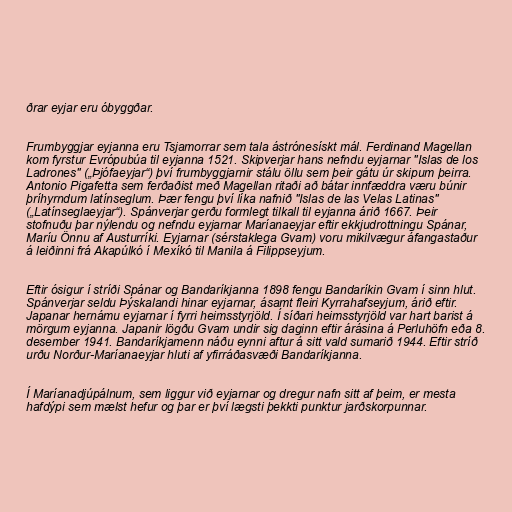
ðrar eyjar eru óbyggðar.

Frumbyggjar eyjanna eru Tsjamorrar sem tala ástrónesískt mál. Ferdinand Magellan
kom fyrstur Evrópubúa til eyjanna 1521. Skipverjar hans nefndu eyjarnar "Islas de los
Ladrones" („Þjófaeyjar“) því frumbyggjarnir stálu öllu sem þeir gátu úr skipum þeirra.
Antonio Pigafetta sem ferðaðist með Magellan ritaði að bátar innfæddra væru búnir
þríhyrndum latínseglum. Þær fengu því líka nafnið "Islas de las Velas Latinas"
(„Latínseglaeyjar“). Spánverjar gerðu formlegt tilkall til eyjanna árið 1667. Þeir
stofnuðu þar nýlendu og nefndu eyjarnar Maríanaeyjar eftir ekkjudrottningu Spánar,
Maríu Önnu af Austurríki. Eyjarnar (sérstaklega Gvam) voru mikilvægur áfangastaður
á leiðinni frá Akapúlkó í Mexíkó til Manila á Filippseyjum.

Eftir ósigur í stríði Spánar og Bandaríkjanna 1898 fengu Bandaríkin Gvam í sinn hlut.
Spánverjar seldu Þýskalandi hinar eyjarnar, ásamt fleiri Kyrrahafseyjum, árið eftir.
Japanar hernámu eyjarnar í fyrri heimsstyrjöld. Í síðari heimsstyrjöld var hart barist á
mörgum eyjanna. Japanir lögðu Gvam undir sig daginn eftir árásina á Perluhöfn eða 8.
desember 1941. Bandaríkjamenn náðu eynni aftur á sitt vald sumarið 1944. Eftir stríð
urðu Norður-Maríanaeyjar hluti af yfirráðasvæði Bandaríkjanna.

Í Maríanadjúpálnum, sem liggur við eyjarnar og dregur nafn sitt af þeim, er mesta
hafdýpi sem mælst hefur og þar er því lægsti þekkti punktur jarðskorpunnar.